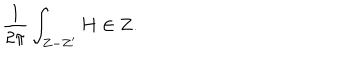
LaTeX: { \frac { 1 } { 2 \pi } } \int _ { Z - Z ^ { \prime } } H \in { \bf Z } .